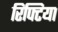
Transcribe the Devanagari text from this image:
रिफ्टिया